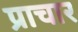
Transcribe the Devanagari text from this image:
प्राचार